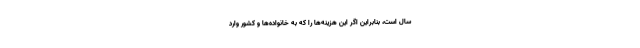
سال است، بنابراین اگر این هزینه‌ها را که به خانواده‌ها و کشور وارد